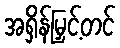
အရှိန်မြှင့်တင်